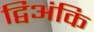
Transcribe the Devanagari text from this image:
द्विअंकि